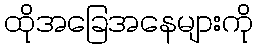
ထိုအခြေအနေများကို